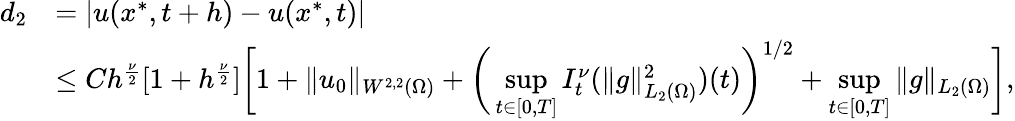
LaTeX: \begin{array}{rl}{d_{2}}&{=|u(x^{*},t+h)-u(x^{*},t)|}\\ &{\leq Ch^{\frac{\nu}{2}}[1+h^{\frac{\nu}{2}}]\bigg[1+\| u_{0}\| _{W^{2,2}(\Omega)}+\bigg(\underset{t\in[0,T]}{\operatorname*{sup}}I_{t}^{\nu}(\| g\| _{L_{2}(\Omega)}^{2})(t)\bigg)^{1/2}+\underset{t\in[0,T]}{\operatorname*{sup}}\| g\| _{L_{2}(\Omega)}\bigg],}\end{array}